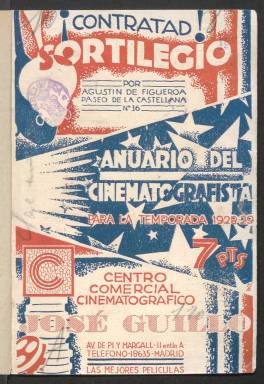
Título: Anuario del cinematografista
Colección: Cine
Ámbito geográfico: Madrid
Lugar de publicación: Madrid
Fechas: 01/01/1928-31/12/1928